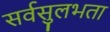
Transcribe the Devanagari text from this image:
सर्वसुलभता